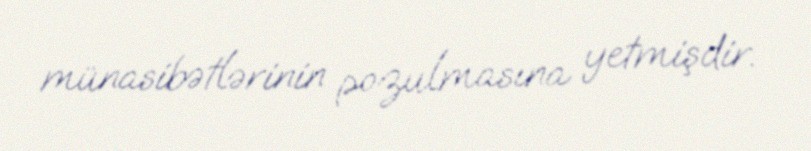
münasibətlərinin pozulmasına yetmişdir.